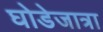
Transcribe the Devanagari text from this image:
घोडेजात्रा